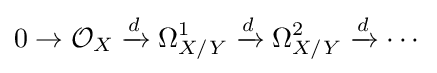
0\to {\mathcal {O}}_{X}\xrightarrow {d} \Omega _{X/Y}^{1}\xrightarrow {d} \Omega _{X/Y}^{2}\xrightarrow {d} \cdots